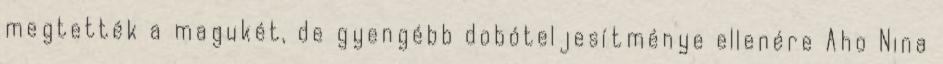
megtették a magukét, de gyengébb dobóteljesítménye ellenére Aho Nina